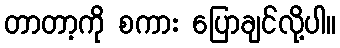
တာတာ့ကို စကား ပြောချင်လို့ပါ။